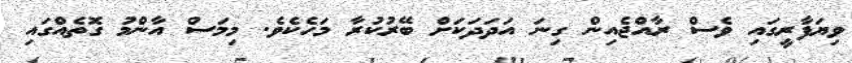
ވިޔަފާރީގައި ވެސް ރާއްޖެއިން ގިނަ އަދަދަކަށް ބޭރުކުރާ މަހެކެވެ. މިމަސް އާންމު ގޮތެއްގައި